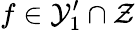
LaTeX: f\in\mathcal{Y}_{1}^{\prime}\cap\mathcal{Z}